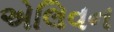
એલિવન